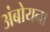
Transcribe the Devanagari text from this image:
अंबोयना